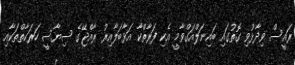
ރައީސް ވިދާޅުވި ގޮތުގައި ބައިނަލްއަގްވާމީ އެކި ފަރާތްކާ އަޅާބަލާއިރު ރާއްޖޭގެ ސިޔާސީ ހަރަކާތްތަކާއި